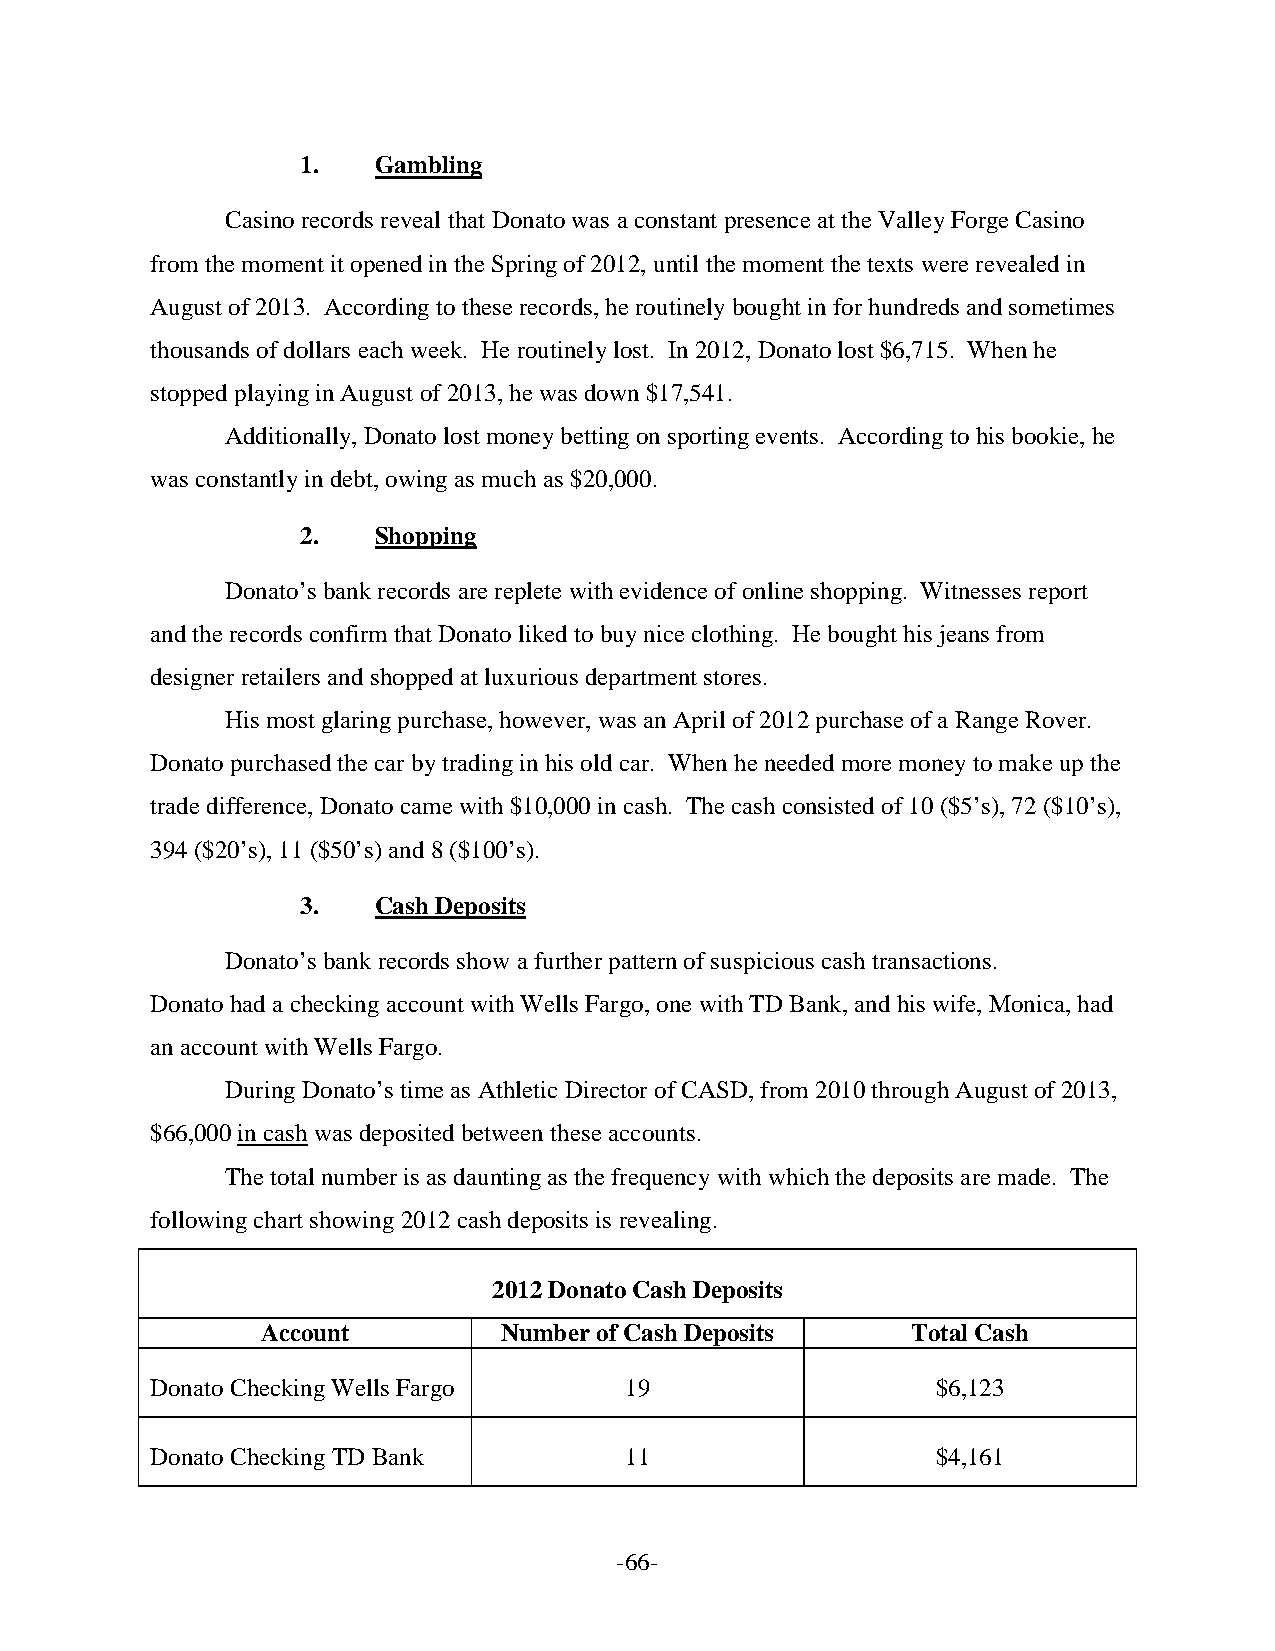
1.   Gambling
 Casino records reveal that Donato was a constant presence at the Valley Forge Casino
 from the moment it opened in the Spring of 2012, until the moment the texts were revealed in
 August of 2013. According to these records, he routinely bought in for hundreds and sometimes
 thousands of dollars each week. He routinely lost. In 2012, Donato lost $6,715. When he
 stopped playing in August of 2013, he was down $17,541.
 Additionally, Donato lost money betting on sporting events. According to his bookie, he
 was constantly in debt, owing as much as $20,000.
 2.   Shopping
 Donato’s bank records are replete with evidence of online shopping. Witnesses report
 and the records confirm that Donato liked to buy nice clothing. He bought his jeans from
 designer retailers and shopped at luxurious department stores.
 His most glaring purchase, however, was an April of 2012 purchase of a Range Rover.
 Donato purchased the car by trading in his old car. When he needed more money to make up the
 trade difference, Donato came with $10,000 in cash. The cash consisted of 10 ($5’s), 72 ($10’s),
 394 ($20’s), 11 ($50’s) and 8 ($100’s).
 3.   Cash Deposits
 Donato’s bank records show a further pattern of suspicious cash transactions.
 Donato had a checking account with Wells Fargo, one with TD Bank, and his wife, Monica, had
 an account with Wells Fargo.
 During Donato’s time as Athletic Director of CASD, from 2010 through August of 2013,
 $66,000 in cash was deposited between these accounts.
 The total number is as daunting as the frequency with which the deposits are made. The
 following chart showing 2012 cash deposits is revealing.
 2012 Donato Cash Deposits
 Account         Number of Cash Deposits    Total Cash
 Donato Checking Wells Fargo    19                   $6,123
 Donato Checking TD Bank        11                   $4,161
 -66-